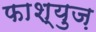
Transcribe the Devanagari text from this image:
फाश्युज़